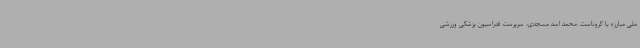
ملی مبارزه با کروناست. محمد اسد مسجدی، سرپرست فدراسیون پزشکی ورزشی